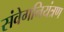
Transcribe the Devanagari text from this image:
संवेगनियंत्रण